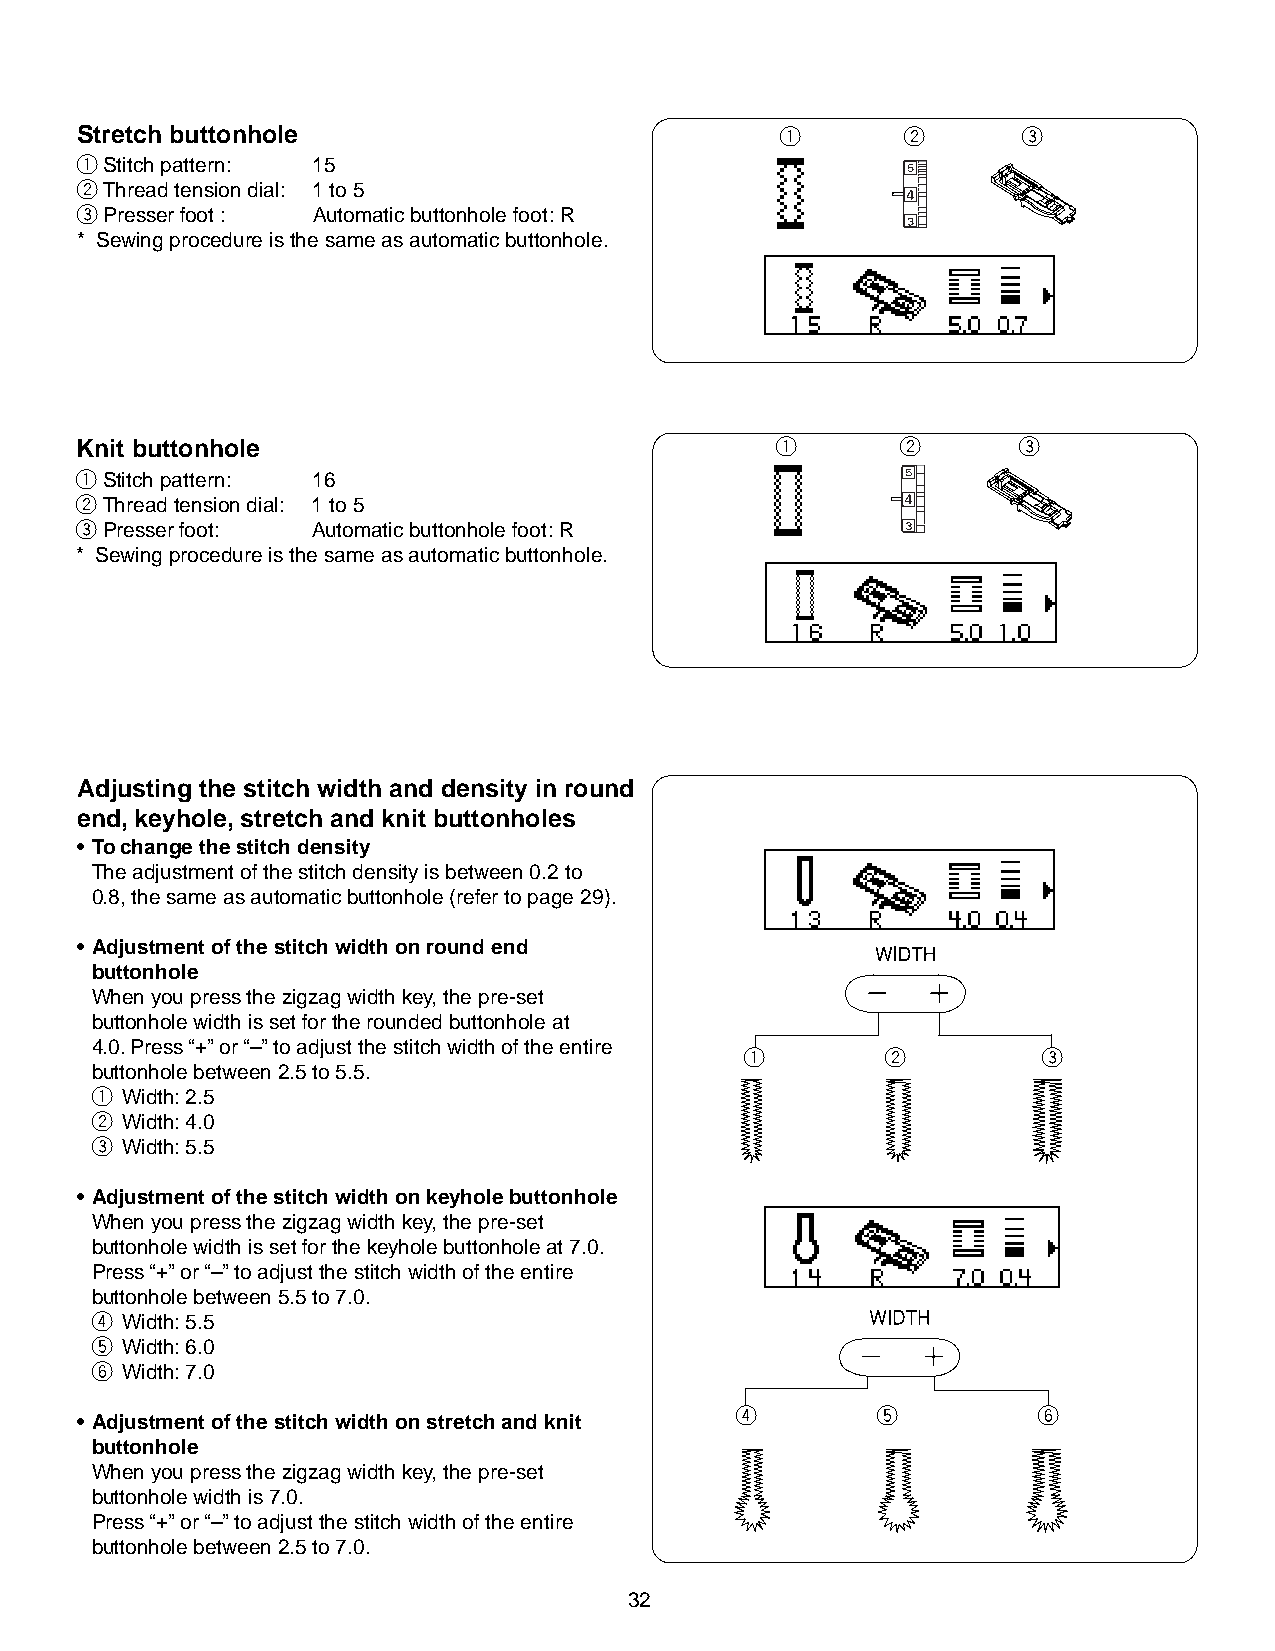
Stretch buttonhole                             q       w       e
 qStitch pattern: 15
 wThread tension dial: 1 to 5
 ePresser foot : Automatic buttonhole foot: R
 * Sewing procedure is the same as automatic buttonhole.
 Knit buttonhole                               q        w      e
 qStitch pattern: 16
 wThread tension dial: 1 to 5
 ePresser foot:  Automatic buttonhole foot: R
 * Sewing procedure is the same as automatic buttonhole.
 Adjusting the stitch width and density in round
 end, keyhole, stretch and knit buttonholes
 • To change the stitch density
 The adjustment of the stitch density is between 0.2 to
 0.8, the same as automatic buttonhole (refer to page 29).
 • Adjustment of the stitch width on round end
 buttonhole
 When you press the zigzag width key, the pre-set
 buttonhole width is set for the rounded buttonhole at
 4.0. Press “+” or “–” to adjust the stitch width of the entire
 q         w         e
 buttonhole between 2.5 to 5.5.
 q Width: 2.5
 w Width: 4.0
 e Width: 5.5
 • Adjustment of the stitch width on keyhole buttonhole
 When you press the zigzag width key, the pre-set
 buttonhole width is set for the keyhole buttonhole at 7.0.
 Press “+” or “–” to adjust the stitch width of the entire
 buttonhole between 5.5 to 7.0.
 r Width: 5.5
 t Width: 6.0
 y Width: 7.0
 r        t          y
 • Adjustment of the stitch width on stretch and knit
 buttonhole
 When you press the zigzag width key, the pre-set
 buttonhole width is 7.0.
 Press “+” or “–” to adjust the stitch width of the entire
 buttonhole between 2.5 to 7.0.
 32